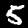
Digit: 5